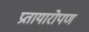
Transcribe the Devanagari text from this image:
प्रतायारोपण